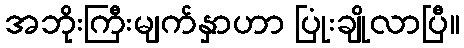
အဘိုးကြီးမျက်နှာဟာ ပြုံးချိုလာပြီ။